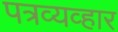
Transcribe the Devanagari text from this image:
पत्रव्यव्हार